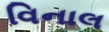
વિનાલ